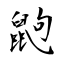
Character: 鼩